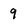
Character: 9